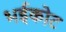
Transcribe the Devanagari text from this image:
भईकोट